Lunatic asylums United Prov. 1922-30 - 1922-1930
Year: 1922
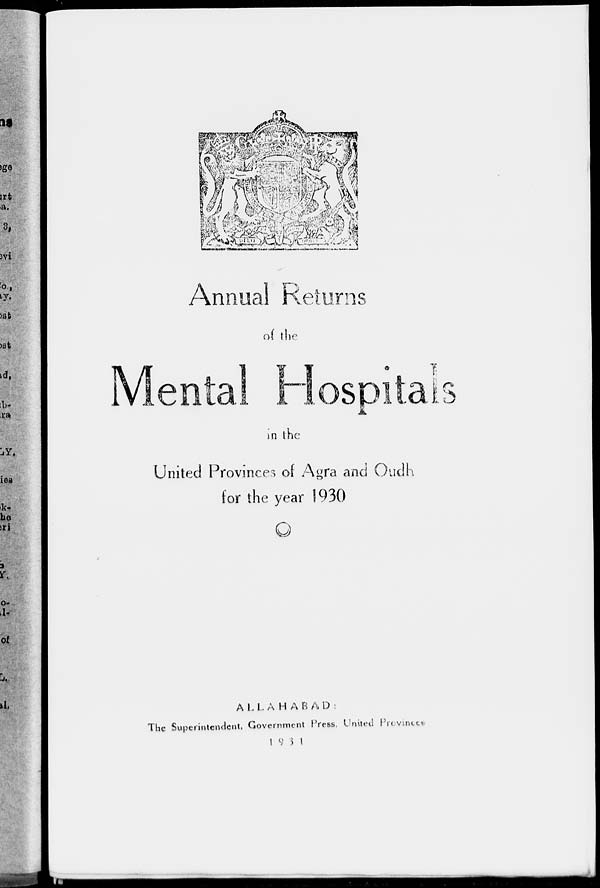
Annual Returns
of the
Mental Hospitals
in the
United Provinces of Agra and Oudh
for the year 1930
ALLAHABAD:
The Superintendent, Government Press, United Provinces
1931